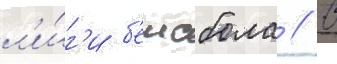
л'и́г'и б'еисбола // В